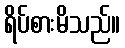
ရိပ်စားမိသည်။